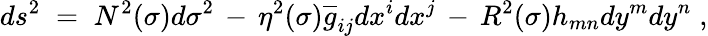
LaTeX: ds^{2}\; =\; N^{2}(\sigma)d\sigma^{2}\, -\, \eta^{2}(\sigma)\overline{{{g}}}_{ij}dx^{i}dx^{j}\, -\, R^{2}(\sigma)h_{mn}dy^{m}dy^{n}\; ,